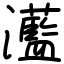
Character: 灆